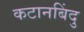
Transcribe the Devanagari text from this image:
कटानबिंदु